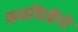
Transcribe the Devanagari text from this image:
कवयित्रीचे